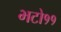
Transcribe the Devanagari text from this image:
भटो११